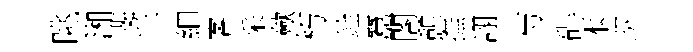
眺湘斐兴細客采歛朽銓蠶閤憩撫詡芍碍本㺬